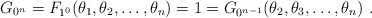
\begin{align*}G_{0^n} = F_{1^0}(\theta_1,\theta_2 ,\ldots,\theta_n) = 1= G_{0^{n-1}}(\theta_2, \theta_3, \ldots, \theta_n)~.\end{align*}